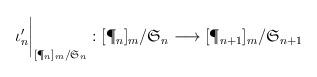
LaTeX: \begin{align*}\begin{gathered}\iota_n'\bigg\vert_{[\P_n]_m/\mathfrak{S}_n} :{[\P_n]_{m}/\mathfrak{S}_n} \longrightarrow {[\P_{n+1}]_{m}/\mathfrak{S}_{n+1}}\end{gathered}\end{align*}